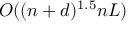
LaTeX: O ( ( n + d ) ^ { 1 . 5 } n L )